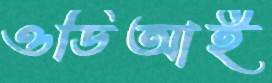
ওডিআই